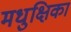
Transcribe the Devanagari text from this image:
मधुक्षिका